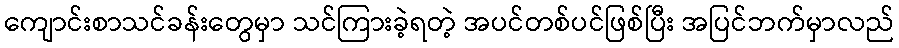
ကျောင်းစာသင်ခန်းတွေမှာ သင်ကြားခဲ့ရတဲ့ အပင်တစ်ပင်ဖြစ်ပြီး အပြင်ဘက်မှာလည်